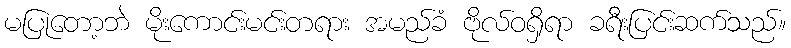
မပြုတော့ဘဲ မိုးကောင်းမင်းတရား အမည်ခံ ဗိုလ်ဝရှိရာ ခရီးပြင်းဆက်သည်။